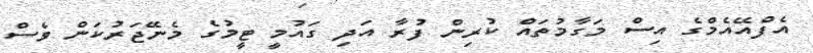
އެފްއޭއެމްގެ އިސް މަގާމުތައް ކުރިން ފުރާ އަދި ގައުމީ ޓީމުގެ މެނޭޖަރުކަން ވެސް